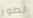
تطور